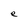
Character: e